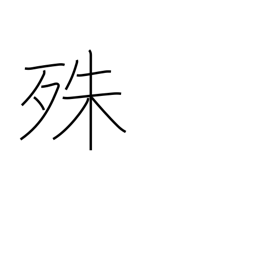
Meaning: particularly